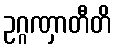
ဥဂ္ဂဏှာတီတိ